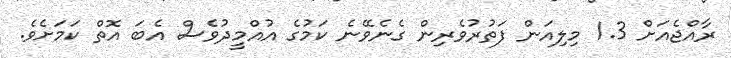
ރާއްޖެއަށް 1.3 މިލިއަން ފަތުރުވެރިން ގެނެވޭނެ ކަމުގެ އުއްމީދުވެސް އެބަ އޮތް ކަމަށެވެ.